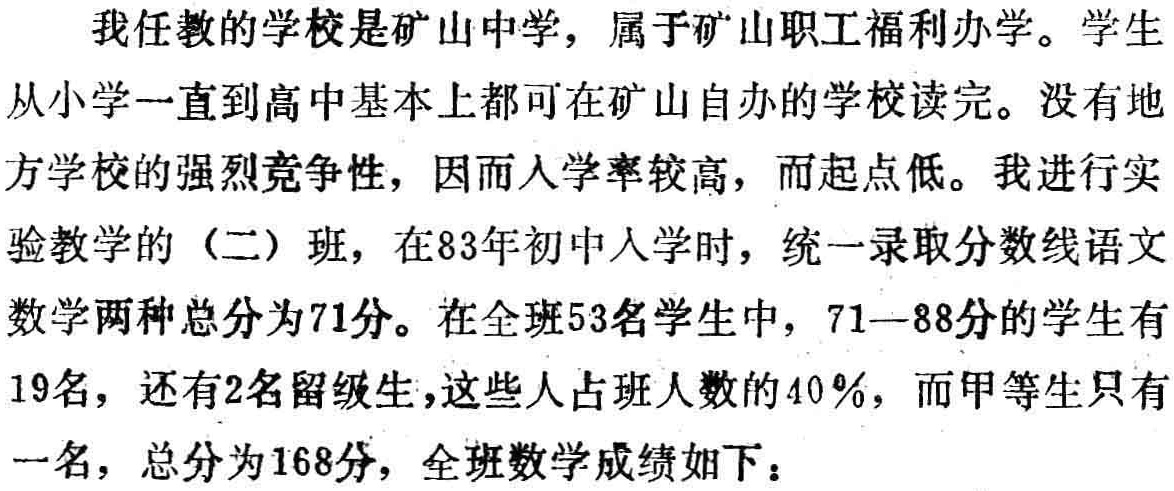
我任教的学校是矿山中学，属于矿山职工福利办学。学生从小学一直到高中基本上都可在矿山自办的学校读完。没有地方学校的强烈竞争性，因而入学率较高，而起点低。我进行实验教学的（二）班，在83年初中入学时，统一录取分数线语文数学两种总分为71分。在全班53名学生中，71—88分的学生有19名，还有2名留级生，这些人占班人数的40％，而甲等生只有一名，总分为168分，全班数学成绩如下：